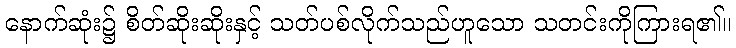
နောက်ဆုံး၌ စိတ်ဆိုးဆိုးနှင့် သတ်ပစ်လိုက်သည်ဟူသော သတင်းကိုကြားရ၏။